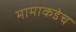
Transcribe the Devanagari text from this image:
मामाकडेच